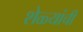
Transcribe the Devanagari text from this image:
शेळ्यांची